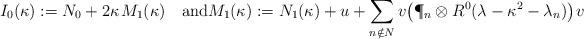
LaTeX: \begin{align*}I_0(\kappa):=N_0+2\kappa\;\!M_1(\kappa)\quad\hbox{and}M_1(\kappa):=N_1(\kappa)+u+\sum_{n\notin N}v\big(\P_n \otimes R^0(\lambda-\kappa^2-\lambda_n)\big)\;\!v\end{align*}